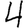
Digit: 4